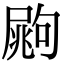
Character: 𡳏